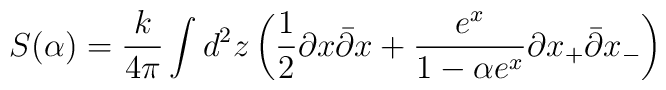
S(\alpha ) = \frac{k}{4\pi}\int d^2 z\left( \frac{1}{2} \partial x\bar{\partial} x + \frac{e^x}{1-\alpha e^x } \partial x_+\bar{\partial} x_- \right)